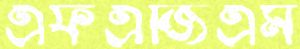
এফএজিএম